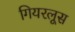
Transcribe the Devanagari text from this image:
गियरलूस